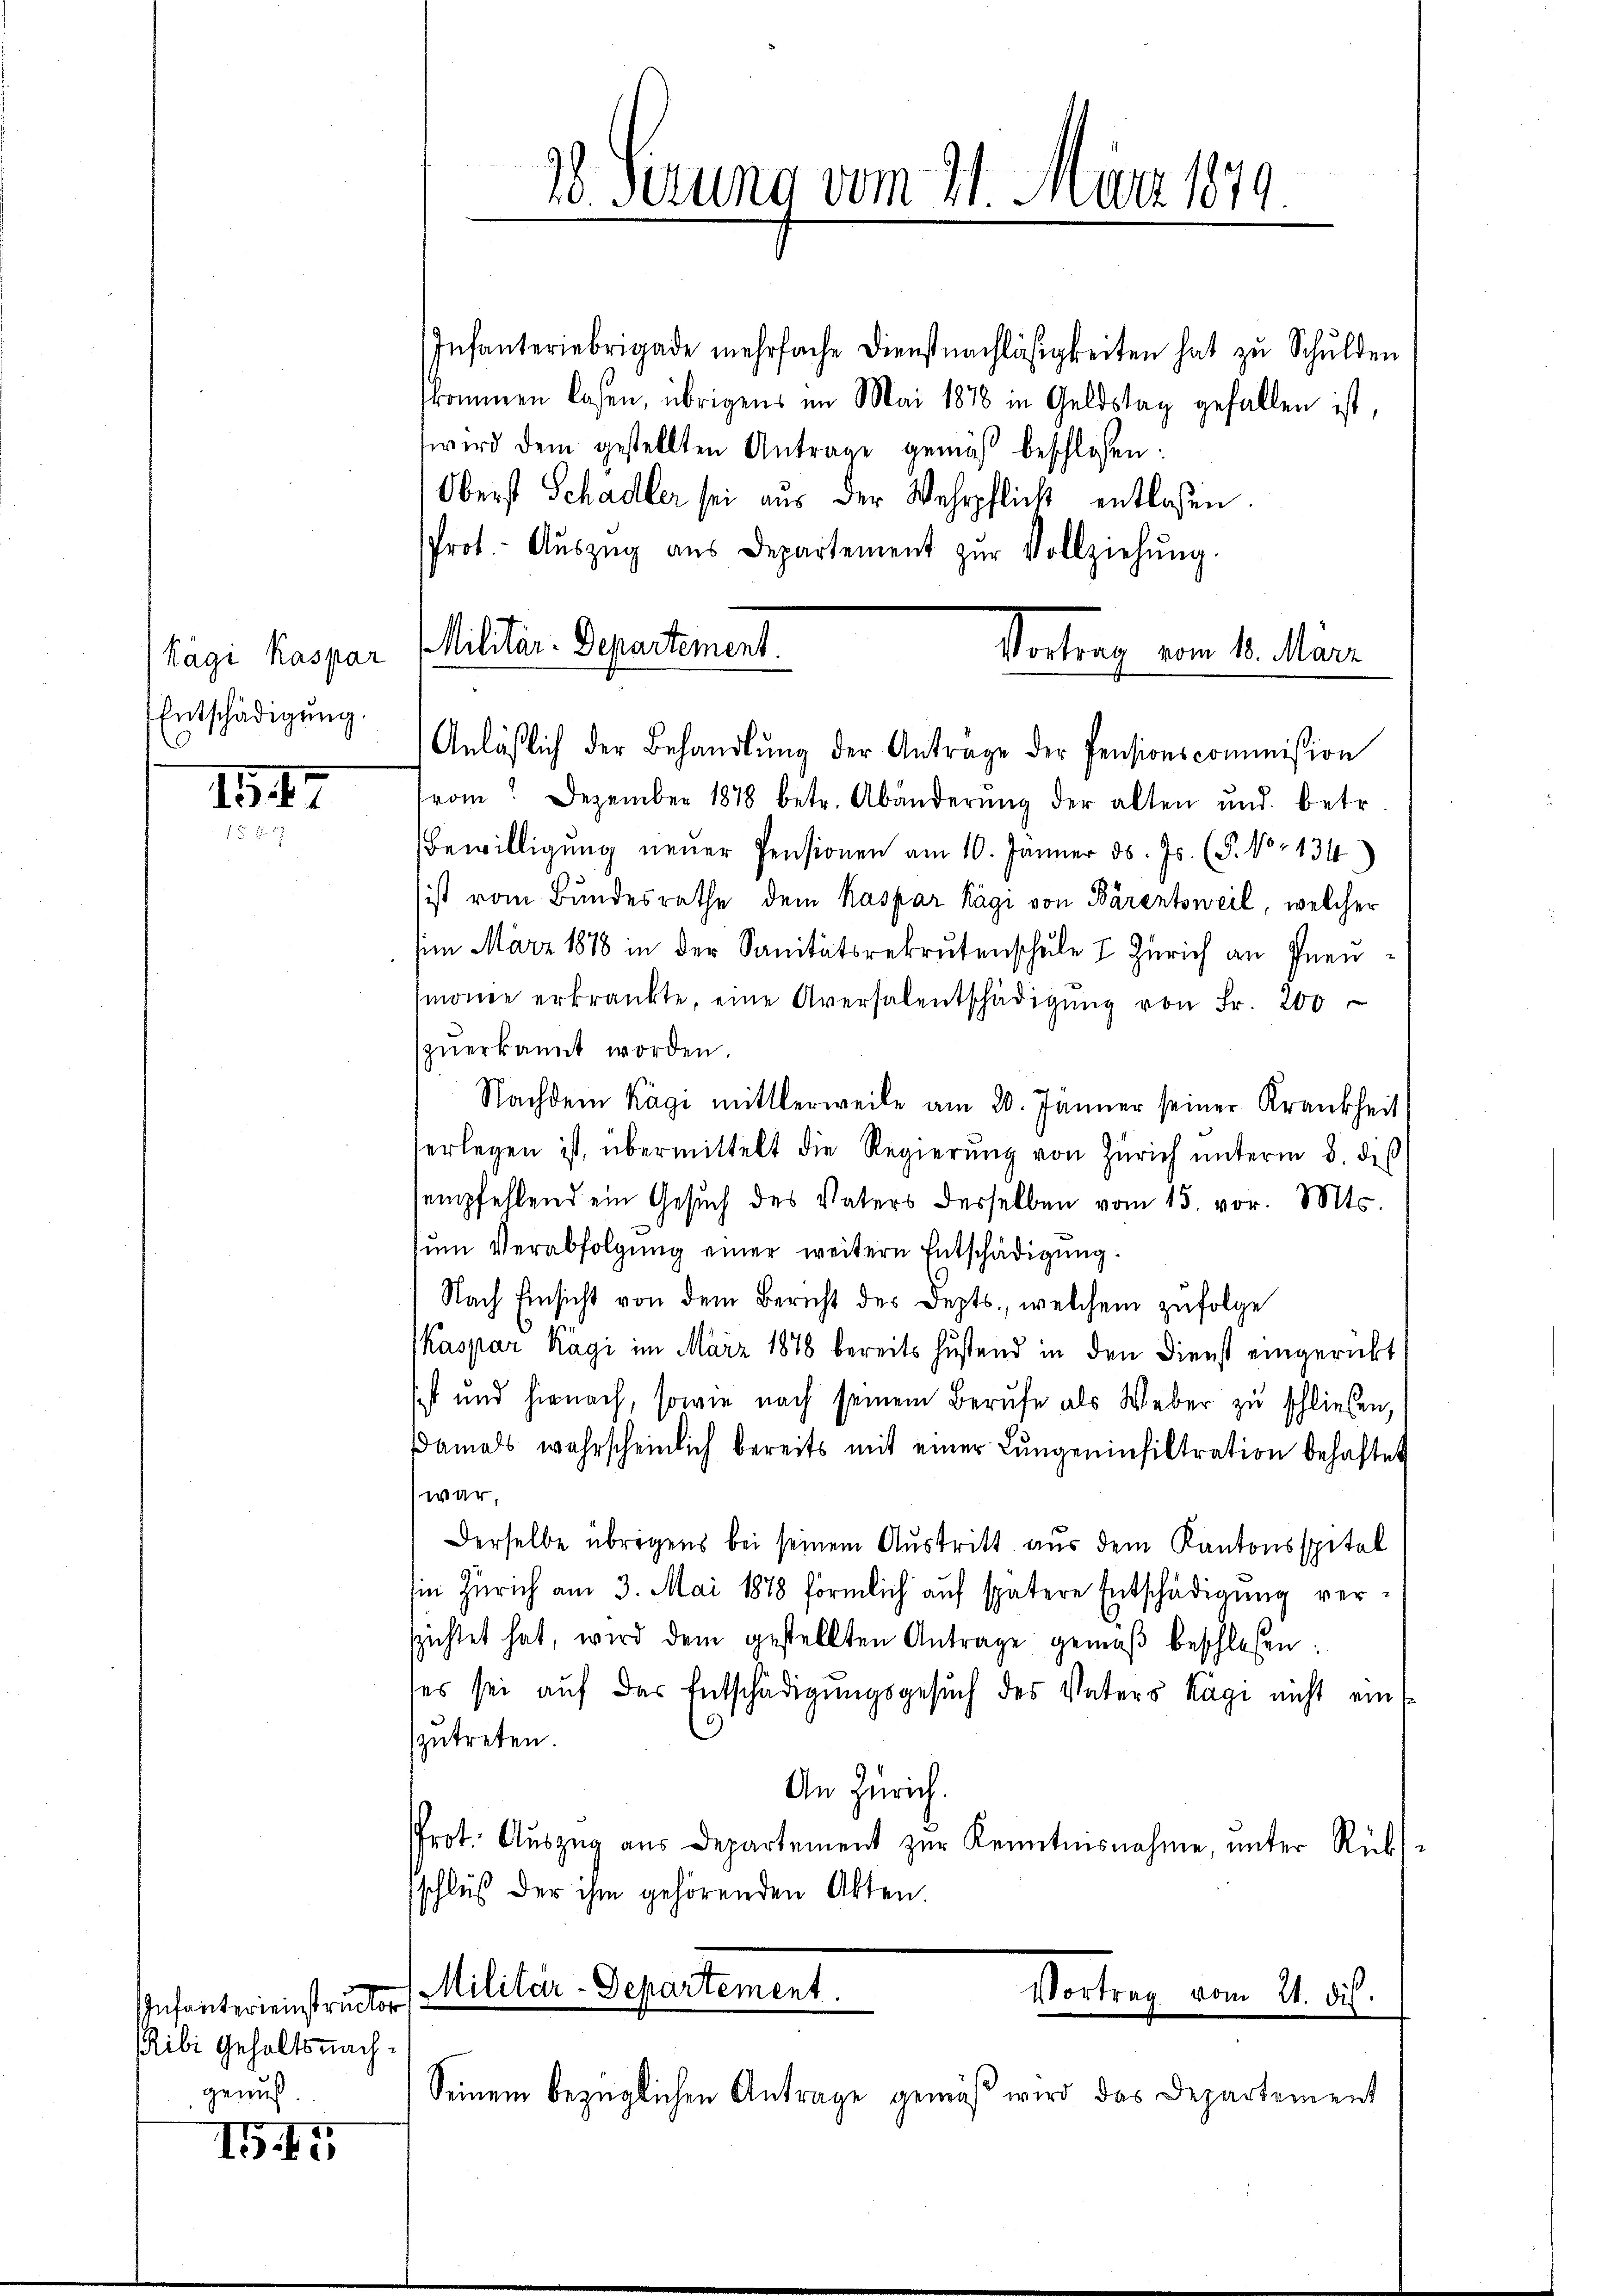
Kägi Kaspar
Entschädigŭng.

147

Infanterienstructor
Ribi gehalts nach
genuß.

IG. 155

rom. Dezember 1878 betr. Abänderŭng der alten und betr
Bewilligung neuer Pensionen am 10. Jänner d. Js. (T. No 134.)
sist vom Bundesrathe dem Kaspar Kägi von Bärentsweil, welcher
im März 1878 in der Sanitätsrekrutenschule 7 Zürich an Inenmonie erkränkte, eine Aversalentschädigŭng von Fr. 200
zŭerkannt worden.
Nachdem Kägi mittlerweile am 20. Jänner seiner Krankheit
erlegen ist, übermittelt die Regierŭng von Zürich ŭnterm 8. deß
sempfehlend ein Gesŭch des Vaters desselben vom 15. vor. Mts.
zŭm Verabfolgŭng einer weitern Entschädigung
Nach Einsicht von dem Bericht des Depts., welchem zŭfolge
Kaspar Kägi im März 1878 bereits hustend in den Dienst eingerückt
sst und hienach, sowie nach seinem Berufe als Weber zu schließen,
damals wahrscheinlich bereits mit einer Lungeninfiltration behaftet
war,
Derselbe übrigens bei seinem Austritt aus dem Kantonsspital
in Zürich am 3. Mai 1878 förmlich auf spätere Entschädigung versichtet hat, wird dem gestellten Antrage gemäβ beschloßen:
ses sei auf der Entschädigungsgesuch des Vaters Kägi nicht ein
zutreten.
An Zürich.
Prot. Aŭszŭg aŭs Departement zŭr Kenntnisnahme, ŭnter Rüks
schluß der ihm gehörenden Akten
Militär-Departement.
Vortrag vom 21. dis.

Infanteriebrigade mehrfache Dienstnachläsigkeiten hat zu Schulden
kommen lasen, übrigens im Mai 1878 in Geldstag gefallen ist,
wird dem gestellten Antrage gemäβ beschlossen:
Oberst Schadler sei aus der Wehrpflick entlassen
Prot.- Aŭszŭg aŭs Departement zŭr Vollziehŭng.
Militär-Departement.
Vortrag vom 10. Mari

28. Ferung vom 11. März 1879

Anläβlich der Behandlŭng der Antrage der Pensionscommission

Seinem bezüglichen Antrage gemäß wird das Departement